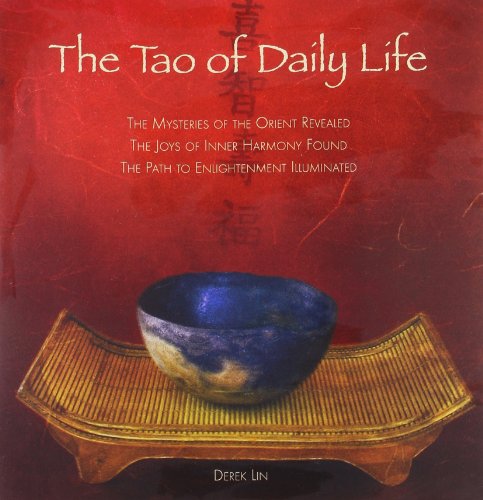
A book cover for The Tao of Daily Life: The Mysteries of the Orient Revealed The Joys of Inner Harmony Found The Path to  Enlightenment Illuminated; Derek Lin; Religion & Spirituality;